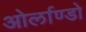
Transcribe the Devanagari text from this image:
ओर्लाण्डो